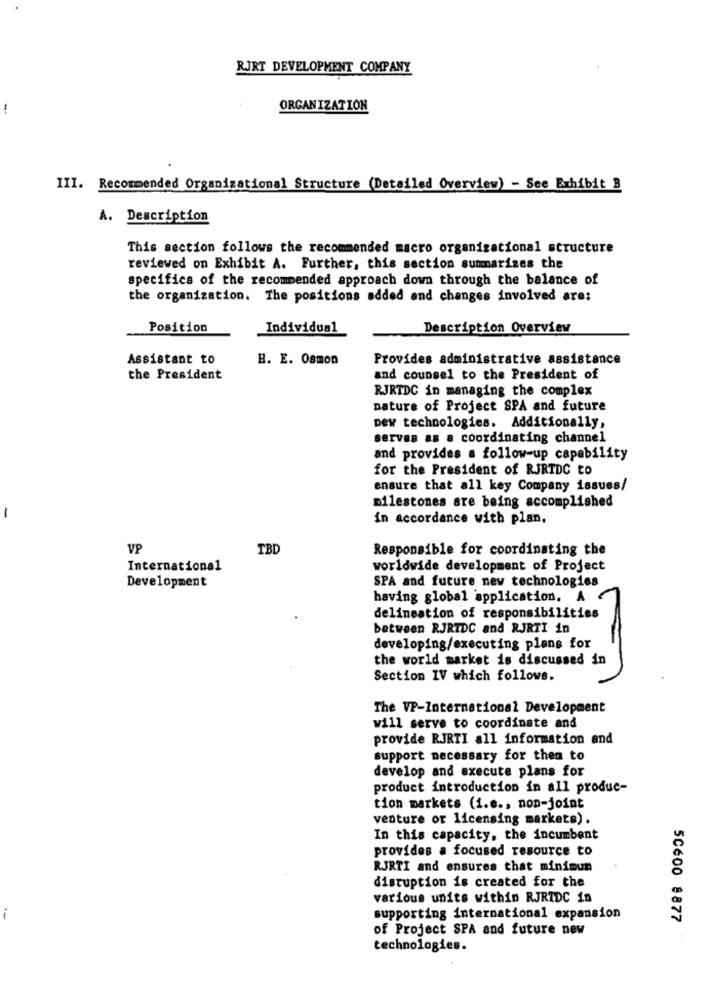
RJRT DEVELOPMENT COMPANY
ORGANIZATION
III. Recommended Organizational Structure (Detailed Overview) - See Exhibit 3
A. Description
This section follows the recommended macro organizational structure
reviewed on Exhibit A. Further, this section summarizes the
specifics of the recommended approach down through the balance of
the organization. The positions added and changes involved are:
Position
Individual
Description Overview
Assistant to
B. E. Osmon
Provides administrative assistance
the President
and counsel to the President of
RJRTDC in managing the complex
nature of Project SPA and future
new technologies. Additionally,
serves as a coordinating channel
and provides a follow-up capability
for the President of RJRTDC to
ensure that all key Company issues/
milestones are being accomplished
-
in accordance with plan.
VP
TBD
Responsible for coordinating the
International
worldwide development of Project
Development
SPA and future new technologies
having global application. A
delineation of responsibilities
between RJRTDC and RJRTI in
developing/executing plans for
the world market is discussed in
Section IV which follows.
The VP-International Development
will serve to coordinate and
provide RJRTI all information and
support necessary for then to
develop and execute plans for
product introduction in all produc-
tion markets (i.e ., non-joint
venture or licensing markets).
In this capacity, the incumbent
provides a focused resource to
RJRTI and ensures that minimun
disruption is created for the
various units within RJRIDC in
supporting international expansion
50600 8877
of Project SPA and future new
technologies.